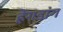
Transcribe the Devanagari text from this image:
हेंगडांग